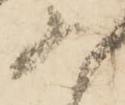
為